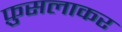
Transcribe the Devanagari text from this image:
फ़ुसलाकर